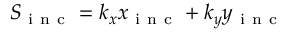
S _ { \mathrm { ~ i ~ n ~ c ~ } } = k _ { x } x _ { \mathrm { ~ i ~ n ~ c ~ } } + k _ { y } y _ { \mathrm { ~ i ~ n ~ c ~ } }